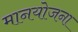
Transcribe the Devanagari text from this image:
मानयोजना